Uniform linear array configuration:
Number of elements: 24
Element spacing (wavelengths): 0.75
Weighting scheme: hann
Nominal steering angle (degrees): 45
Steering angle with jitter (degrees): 46.092
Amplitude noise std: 0.05
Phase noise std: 0.05

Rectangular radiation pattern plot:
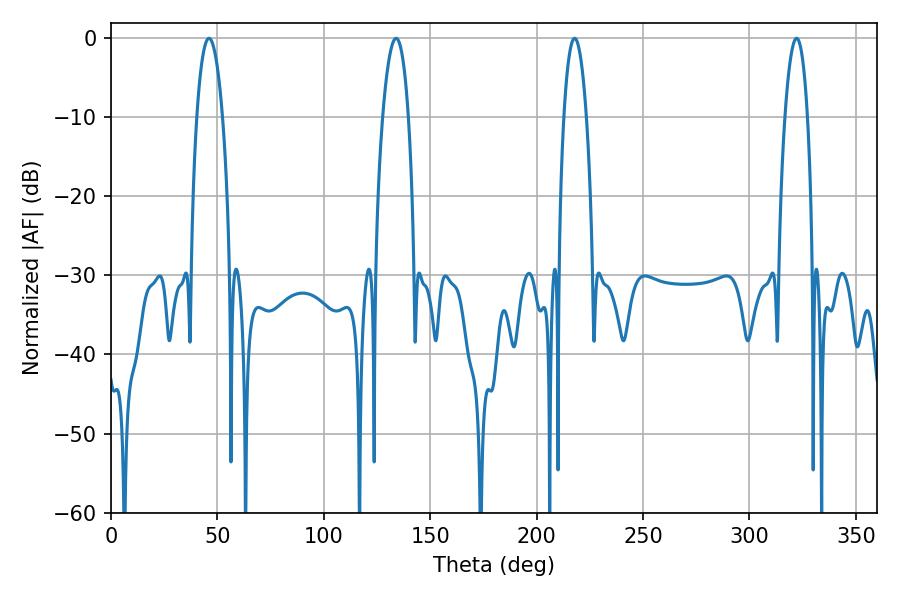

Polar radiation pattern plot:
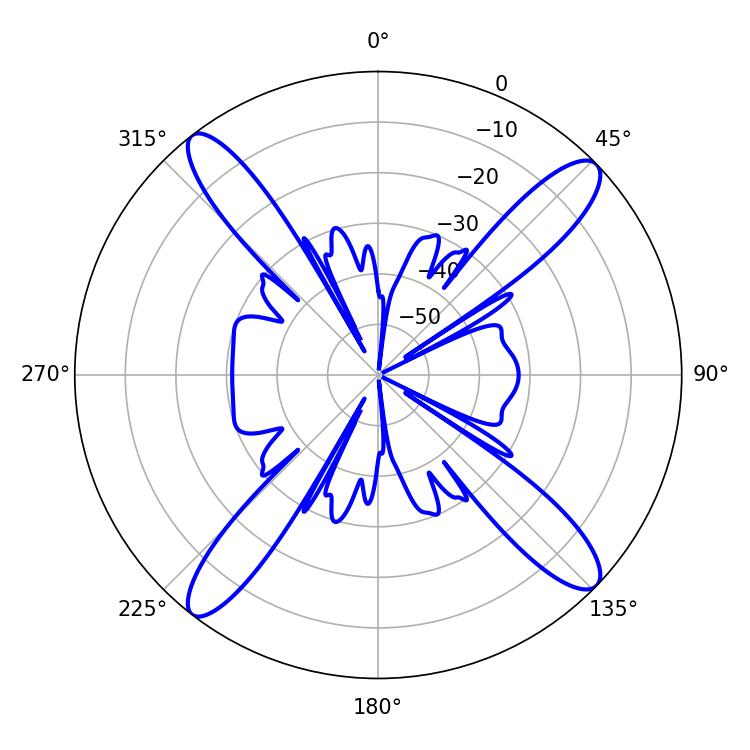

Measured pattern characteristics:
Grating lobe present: TRUE
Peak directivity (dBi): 16.452
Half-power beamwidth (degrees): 6.66
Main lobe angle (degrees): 46.08